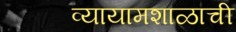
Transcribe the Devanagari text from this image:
व्यायामशाळाची